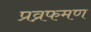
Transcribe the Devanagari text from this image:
प्रव्रफमण